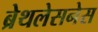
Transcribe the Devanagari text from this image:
ब्रेथलेसनेस